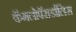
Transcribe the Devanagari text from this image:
कॅमलोपॅरार्डालिस